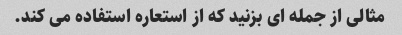
مثالی از جمله ای بزنید که از استعاره استفاده می کند.